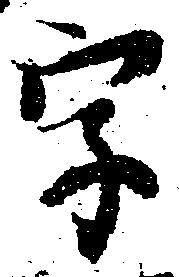
字